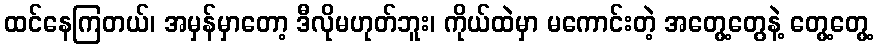
ထင်နေကြတယ်၊ အမှန်မှာတော့ ဒီလိုမဟုတ်ဘူး၊ ကိုယ်ထဲမှာ မကောင်းတဲ့ အတွေ့တွေနဲ့ တွေ့တွေ့